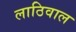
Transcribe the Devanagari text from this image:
लाठिवाल